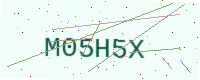
Text: M05H5X